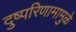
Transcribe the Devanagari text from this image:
दुष्परिणामामुळे